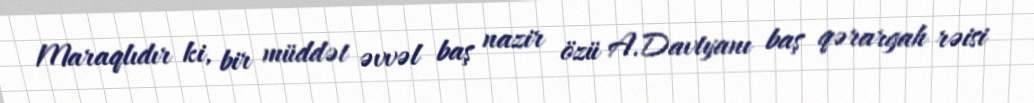
Maraqlıdır ki, bir müddət əvvəl baş nazir özü A.Davtyanı baş qərargah rəisi